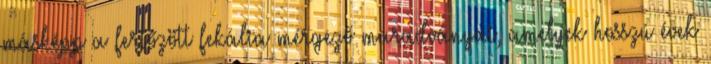
másképp a fertőzött fekália mérgező maradványai, amelyek hosszú évek